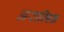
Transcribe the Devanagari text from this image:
अरामिक